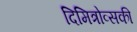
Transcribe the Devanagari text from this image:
दिमित्रोव्सकी